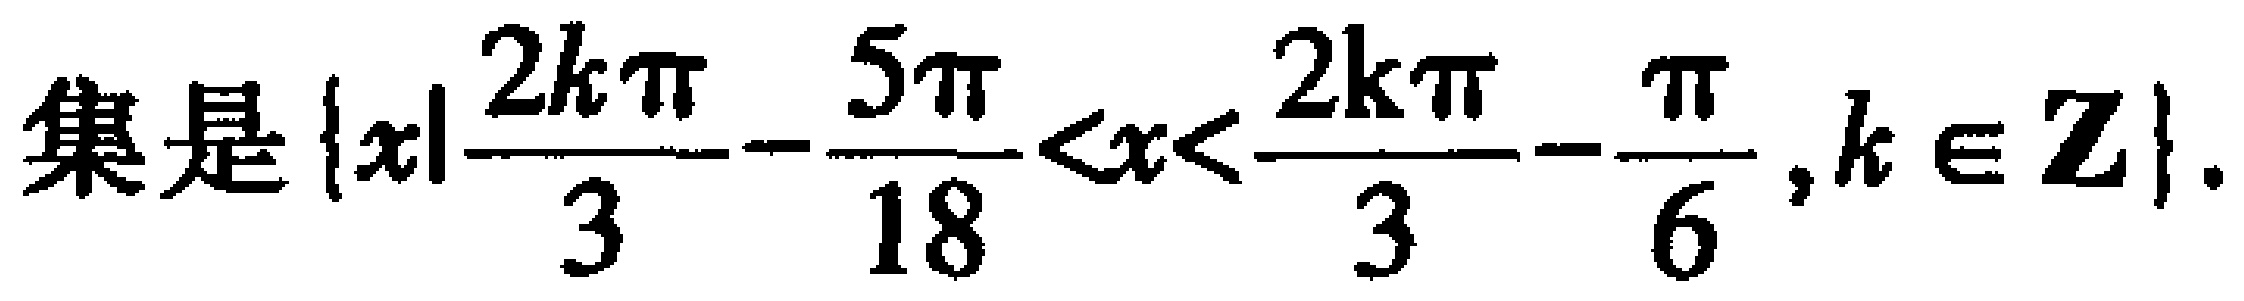
\(\text{集是 }\{x|\frac{2k\pi}{3}-\frac{5\pi}{18}<x<\frac{2k\pi}{3}-\frac{\pi}{6},k\in \mathbf{Z}\}.\)